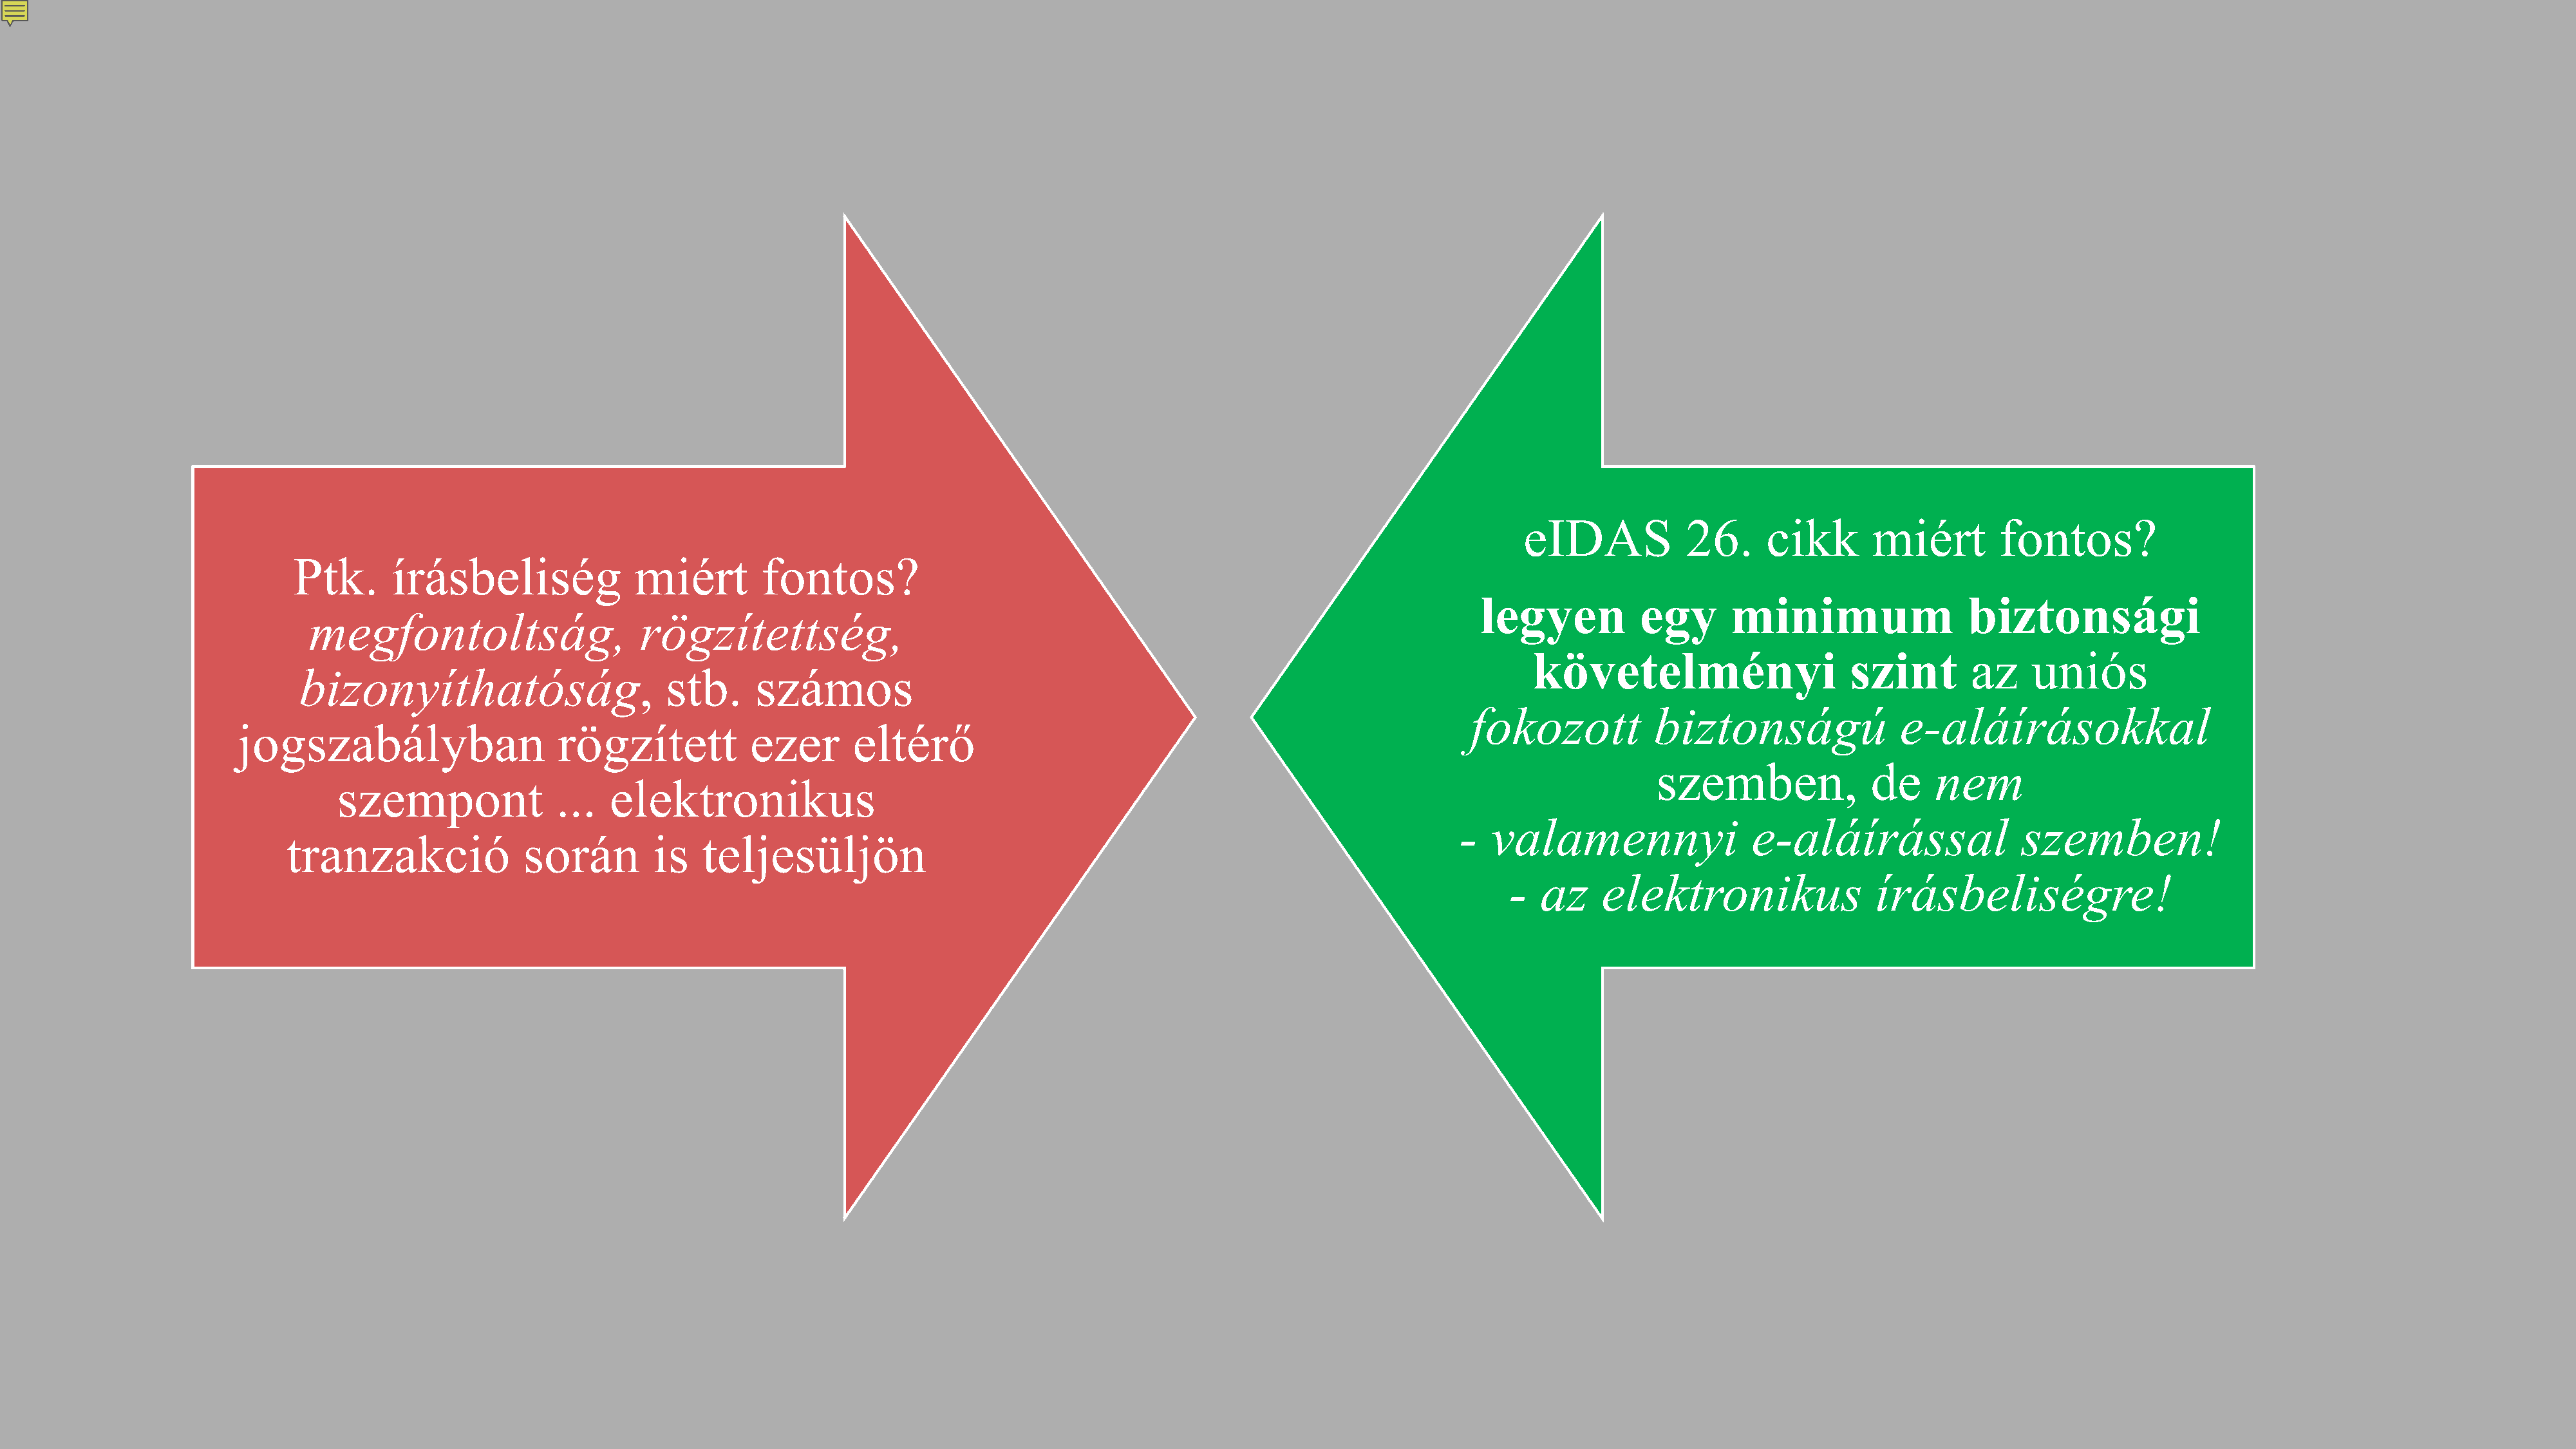
eIDAS           26.      cikk      miért        fontos?
 Ptk.      írásbeliség              miért        fontos?
 legyen           egy      minimum                 biztonsági
 megfontoltság,                    rögzítettség,
 követelményi                    szint        az    uniós
 bizonyíthatóság,                     stb.      számos
 fokozott           biztonságú               e-aláírásokkal
 jogszabályban                    rögzített           ezer       eltérő
 szemben,              de     nem
 szempont              ...   elektronikus
 -  valamennyi                 e-aláírással                szemben!
 tranzakció               során        is   teljesüljön
 -  az     elektronikus                írásbeliségre!